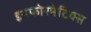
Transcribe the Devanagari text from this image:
इनफोरमेटिक्स